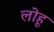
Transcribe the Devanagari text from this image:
लोहू